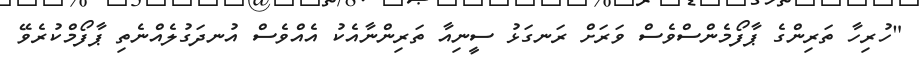
"ހުރިހާ ތަރިންގެ ޕާފޯމެންސްވެސް ވަރަށް ރަނގަޅު ސީނިއާ ތަރިންނާއެކު އެއްވެސް އުނދަގުލެއްނެތި ޕާފޯމްކުރެވޭ